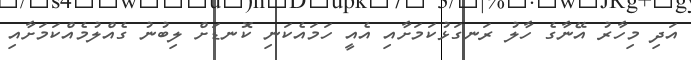
އަދި މިހާރު އޭނާގެ ހާލު ރަނގަޅުކަމަށާއި އެއީ ހަމައެކަނި ކޮނޑަށް ލިބުނު ގެއްލުމެއްކަމަށާއި